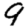
Digit: 9